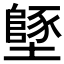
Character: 𡒿